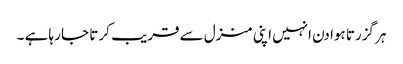
ہر گزرتا ہوا دن انہیں اپنی منزل سے قریب کر تا جا رہا ہے ۔